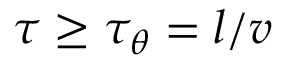
\tau \geq \tau _ { \theta } = l / v